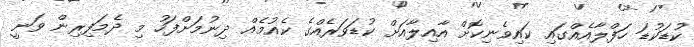
ކުޑަކުޑަ ހަފްލާއެއްގައި ކައިވެނިކޮށް އާއިލާއަށް ކުޑަވަރެއްގެ ކެއުމެއް ދިނުމަށްފަހު މި ދެމަފިރިން ވަނީ